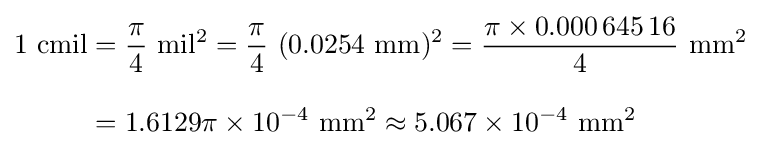
{\begin{aligned}{\rm {1~cmil}}&={\rm {{\frac {\pi }{4}}~mil^{2}={\frac {\pi }{4}}~(0.0254~mm)^{2}={\frac {\pi \times 0.000\,645\,16}{4}}~mm^{2}}}\\[2ex]&={\rm {1.6129\pi \times 10^{-4}~mm^{2}\approx 5.067\times 10^{-4}~mm^{2}}}\end{aligned}}